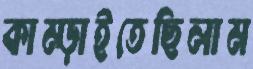
কাম্‌ড়াইতেছিলাম